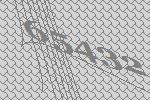
65432